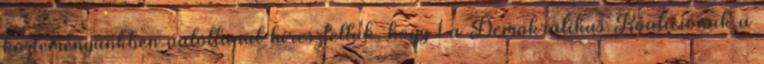
közleményünkben valótlanul híreszteltük, hogy 1 a Demokratikus Koalíciónak a